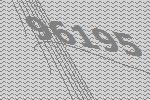
96195